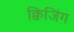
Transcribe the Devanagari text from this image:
क्विजिंग